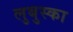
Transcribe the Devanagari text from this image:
लुबुस्का